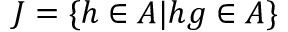
J = \{ h \in A | h g \in A \}